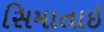
સિમાતાઇ